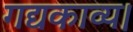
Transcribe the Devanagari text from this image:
गद्यकाव्य।